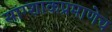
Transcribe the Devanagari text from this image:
सांग्शाकप्रमाणेच